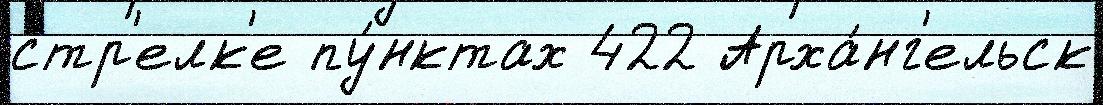
стр'елк'е пу́нктах 422 Арха́нг'ельск